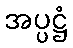
အပ္ပဋ္ဌံ